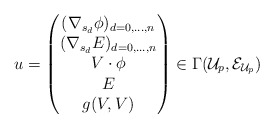
\begin{align*} u= \begin{pmatrix} (\nabla_{s_d} \phi)_{d=0,...,n} \\ (\nabla_{s_d}E)_{d=0,...,n} \\ V \cdot \phi \\ E \\ g(V,V) \end{pmatrix} \in \Gamma(\mathcal{U}_p, {\mathcal{E}}_{\mathcal{U}_p})\end{align*}